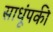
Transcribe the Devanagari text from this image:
साधूंपकी